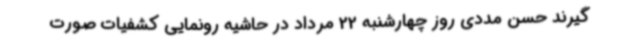
‌گیرند حسن مددی روز چهارشنبه 22 مرداد در حاشیه رونمایی کشفیات صورت